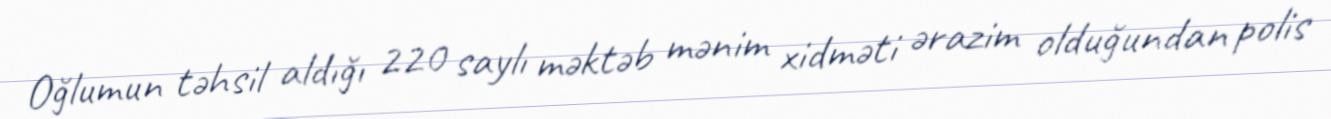
Oğlumun təhsil aldığı 220 saylı məktəb mənim xidməti ərazim olduğundan polis